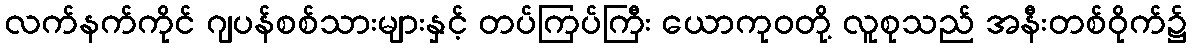
လက်နက်ကိုင် ဂျပန်စစ်သားများနှင့် တပ်ကြပ်ကြီး ယောကုဝတို့ လူစုသည် အနီးတစ်ဝိုက်၌